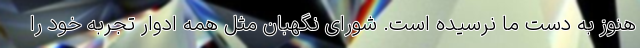
هنوز به دست ما نرسیده است. شورای نگهبان مثل همه ادوار تجربه خود را